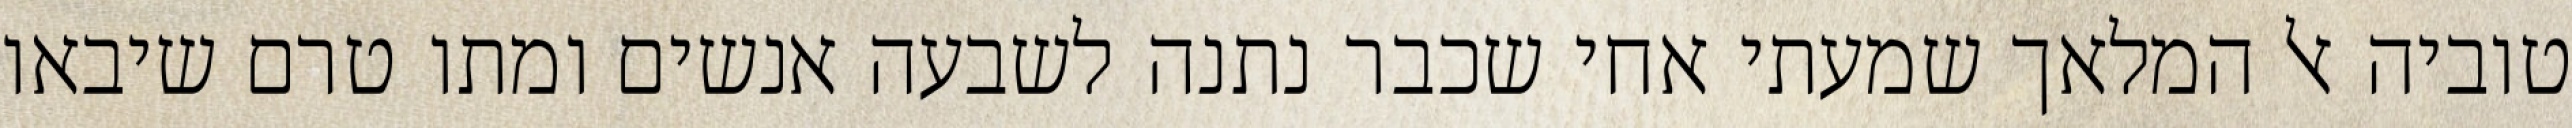
טוביה אל המלאך שמעתי אחי שכבר נתנה לשבעה אנשים ומתו טרם שיבאו